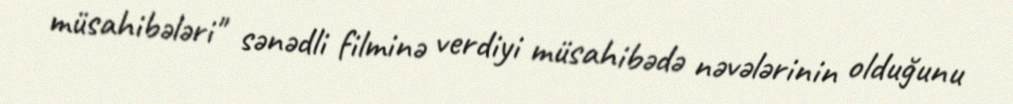
müsahibələri" sənədli filminə verdiyi müsahibədə nəvələrinin olduğunu